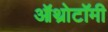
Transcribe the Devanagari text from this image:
ऑथ्रोटॉमी